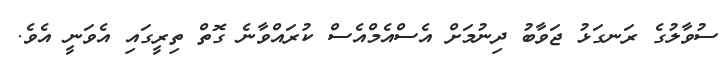
ސުވާލުގެ ރަނގަޅު ޖަވާބު ދިނުމަށް އެސްއެމްއެސް ކުރައްވާނެ ގޮތް ތިރީގައި އެވަނީ އެވެ.